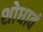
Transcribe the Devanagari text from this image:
शोधावं